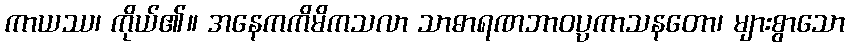
ကာယဿ၊ ကိုယ်၏။ အနေကကိမိကသလာ သာဓာရဏဘာဝပ္ပကာသနတော၊ များစွာသော